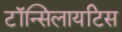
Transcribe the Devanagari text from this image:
टॉन्सिलायटिस